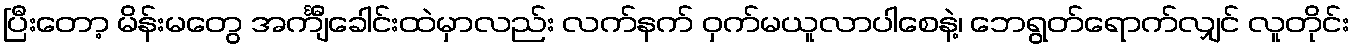
ပြီးတော့ မိန်းမတွေ အင်္ကျီခေါင်းထဲမှာလည်း လက်နက် ဝှက်မယူလာပါစေနဲ့၊ ဘေရွတ်ရောက်လျှင် လူတိုင်း